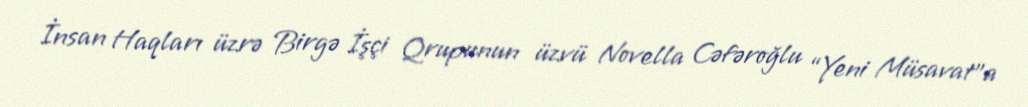
İnsan Haqları üzrə Birgə İşçi Qrupunun üzvü Novella Cəfəroğlu “Yeni Müsavat”a